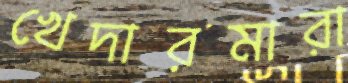
খেদারমারা